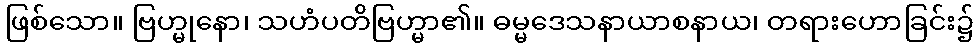
ဖြစ်သော။ ဗြဟ္မုနော၊ သဟံပတိဗြဟ္မာ၏။ ဓမ္မဒေသနာယာစနာယ၊ တရားဟောခြင်း၌